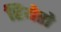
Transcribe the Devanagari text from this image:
हियेरो